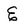
Character: E